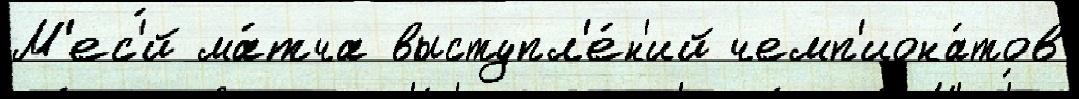
М'ес'́й ма́тча выступл'е́н'ий чемп'иона́тов